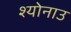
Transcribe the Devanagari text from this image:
श्योनाउ